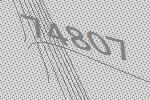
74807